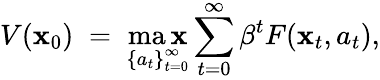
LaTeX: V(\mathbf{x}_{0})\; =\; \operatorname*{ma\mathbf{x}}_{\left\{ a_{t}\right\} _{t=0}^{\infty}}\sum_{t=0}^{\infty}\beta^{t}F(\mathbf{x}_{t},a_{t}),